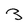
Character: 3